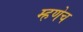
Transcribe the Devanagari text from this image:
म्हणेच